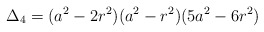
\begin{align*}\Delta_{4}=(a^2-2 r^2)( a^2-r^2) (5 a^2-6 r^2)\end{align*}